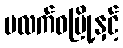
ပလက်ဝမြို့နှင့်